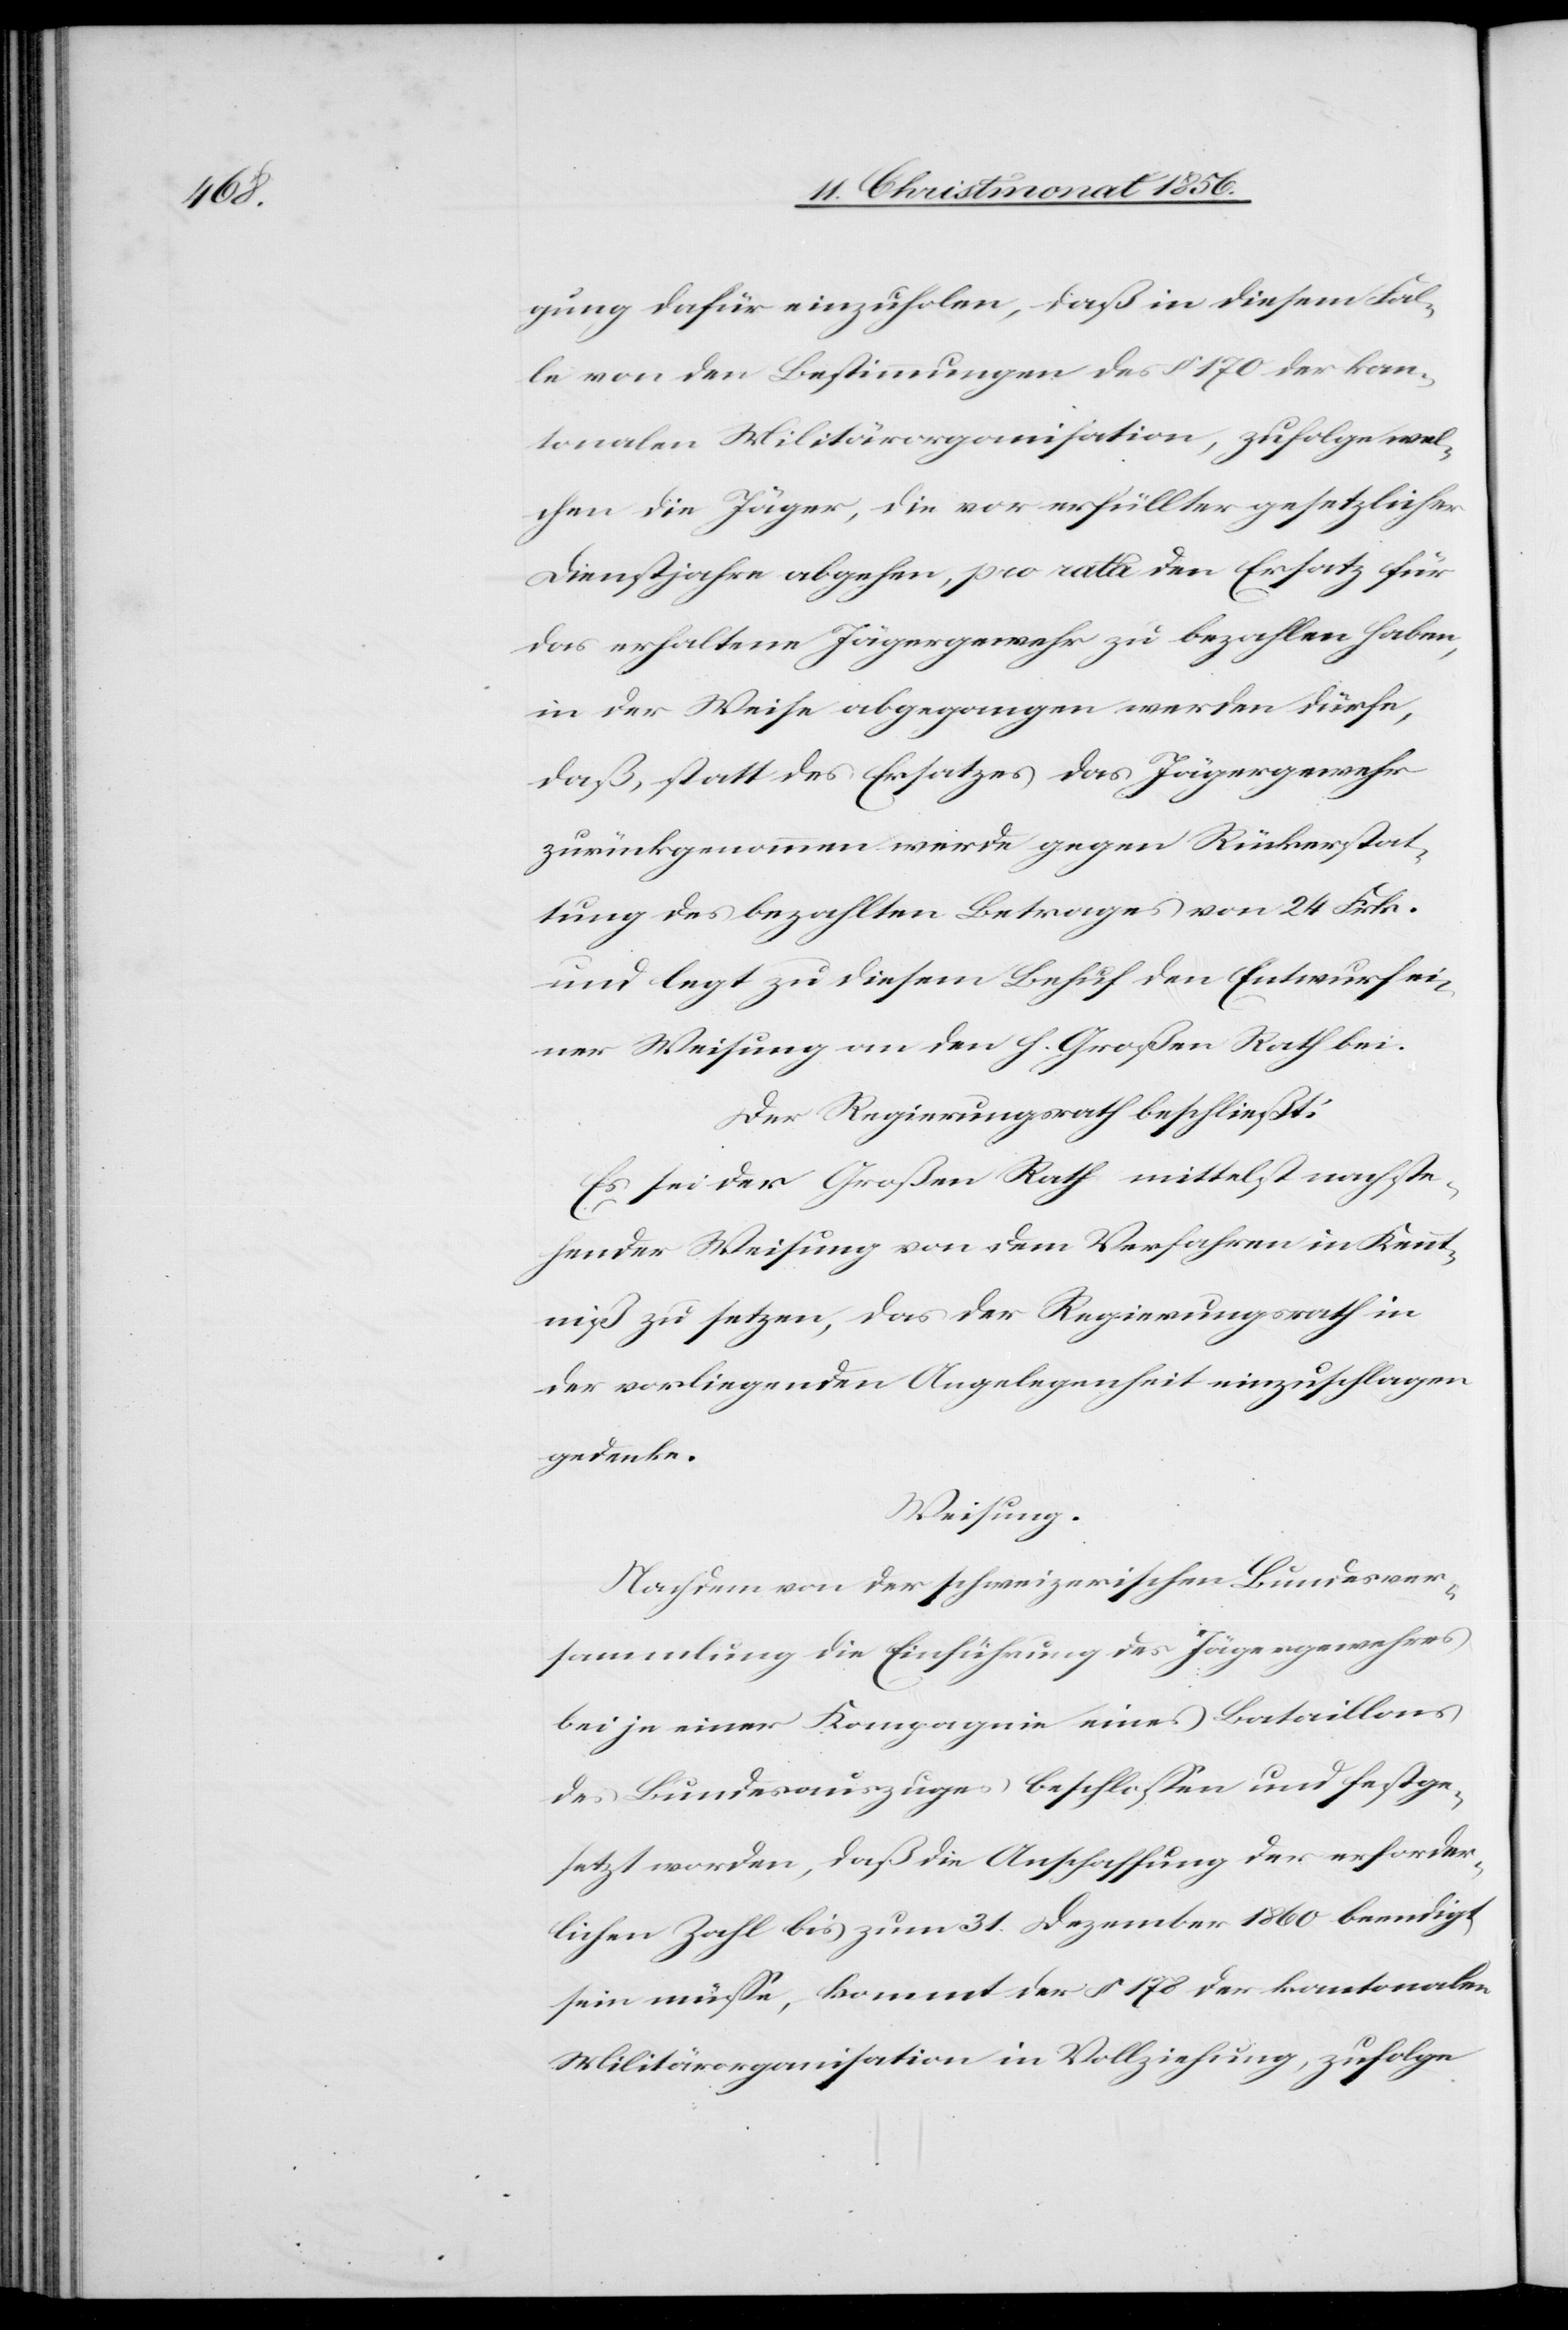
gung dafür einzuholen, das in diesem Fal¬
le von den Bestimmungen des § 170 der kan¬
tonalen Militärorganisation, zufolge wel¬
chen die Jäger, die vor erfüllter gesetzlicher
Dienstjahre abgehen, pro rata den Ersatz für
das erhaltene Jägergewehr zu bezahlen habe,
in der Weise abgegangen werden dürfe,
daß, statt des Ersatzes das Jägergewehr
zurückgenommen werde gegen Rückerstat¬
tung des bezahlten Betrages von 24 Frk.
und legt zu diesem Behuf den Entwurf ei¬
ner Weisung an den h. Großen Rath bei.
Der Regierungsrath beschließt:
Es sei der Großen [sic!] Rath mittelst nachste¬
hender Weisung von dem Verfahren in Kennt¬
niß zu setzen, das der Regierungsrath in
der vorliegenden Angelegenheit einzuschlagen
gedenke.
Weisung.
Nachdem von der schweizerischen Bundesver¬
sammlung die Einführung des Jägergewehres
bei je einer Kompagnie eines Bataillons
des Bundesauszuges beschlossen und festge¬
setzt worden, daß die Anschaffung der erforder¬
lichen Zahl bis zum 31. Dezember 1860 beendigt
sein müsse, kommt der § 178 der kantonalen
Militärorganisation in Vollziehung, zufolge